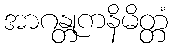
အာဂန္တုကနိမိတ္တံ